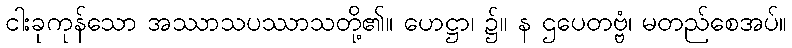
ငါးခုကုန်သော အဿာသပဿာသတို့၏။ ဟေဋ္ဌာ၊ ၌။ န ဌပေတဗ္ဗံ၊ မတည်စေအပ်။